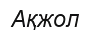
Ақжол